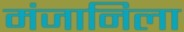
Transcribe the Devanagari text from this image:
मंजानिला